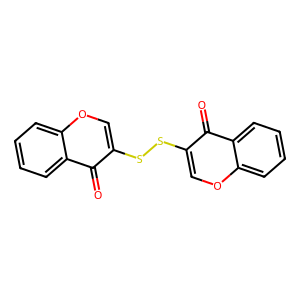
SMILES: O=c1c(SSc2coc3ccccc3c2=O)coc2ccccc12
Inhibits HIV replication: No